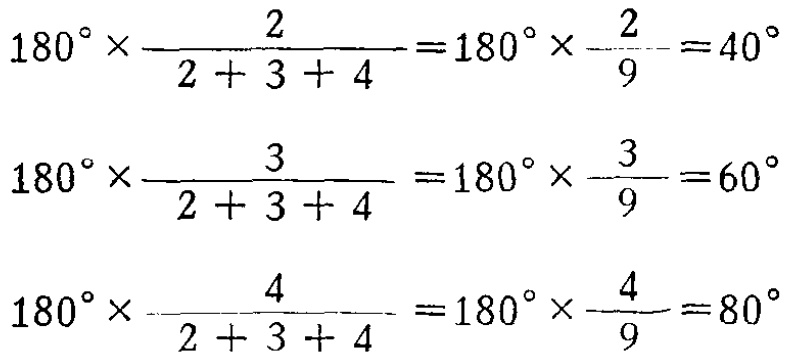
\[
\begin{align*}
180^{\circ} \times \frac{2}{2 + 3 + 4} &= 180^{\circ} \times \frac{2}{9} = 40^{\circ}\\
180^{\circ} \times \frac{3}{2 + 3 + 4} &= 180^{\circ} \times \frac{3}{9} = 60^{\circ}\\
180^{\circ} \times \frac{4}{2 + 3 + 4} &= 180^{\circ} \times \frac{4}{9} = 80^{\circ}
\end{align*}
\]